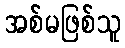
အစ်မဖြစ်သူ